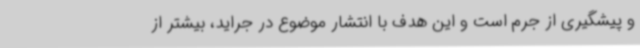
و پیشگیری از جرم است و این هدف با انتشار موضوع در جراید، بیشتر از